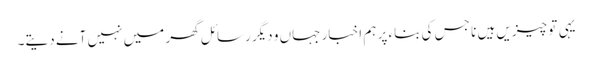
یہی تو چیزیں ہیں نا جس کی بناء پر ہم اخبار جہاں و دیگر رسائل گھر میں نہیں آنے دیتے۔